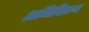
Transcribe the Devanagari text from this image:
अधिविक्रय